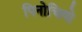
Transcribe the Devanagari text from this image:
पिनोचियो